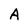
Character: A